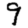
Digit: 9